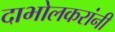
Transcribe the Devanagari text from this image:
दाभोलकरांनी